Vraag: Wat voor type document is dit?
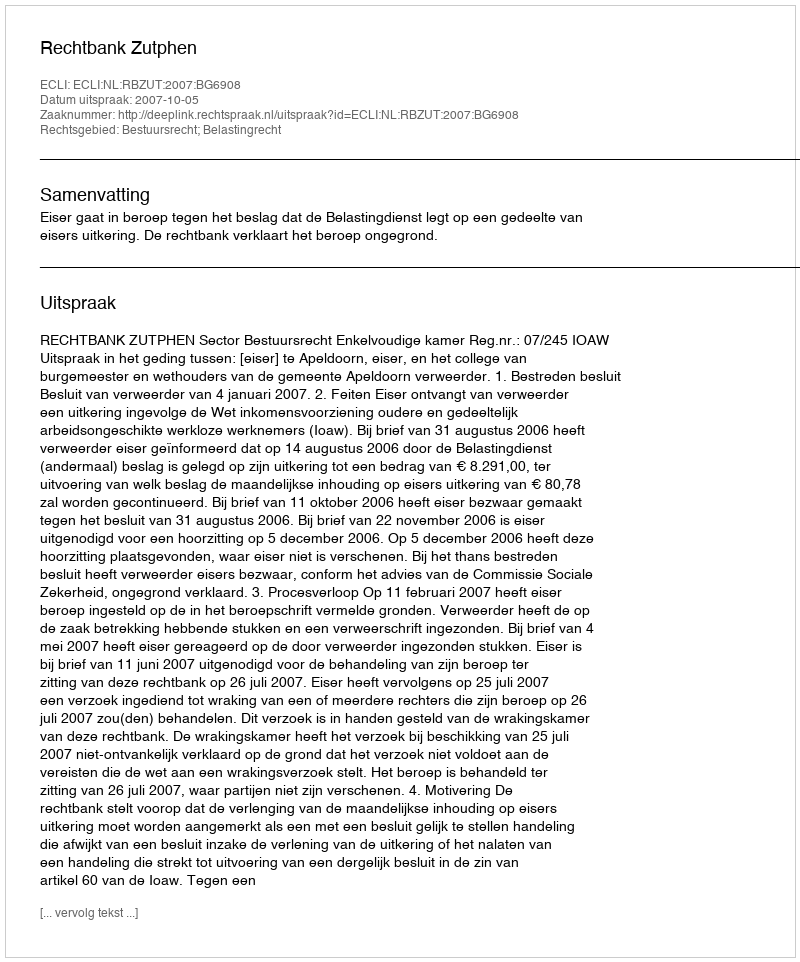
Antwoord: Uitspraak